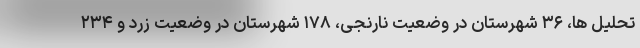
تحلیل ها، ۳۶ شهرستان در وضعیت نارنجی، ۱۷۸ شهرستان در وضعیت زرد و ۲۳۴